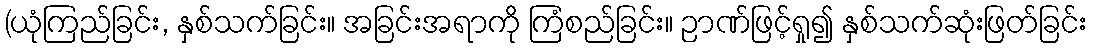
(ယုံကြည်ခြင်း, နှစ်သက်ခြင်း။ အခြင်းအရာကို ကြံစည်ခြင်း။ ဉာဏ်ဖြင့်ရှု၍ နှစ်သက်ဆုံးဖြတ်ခြင်း